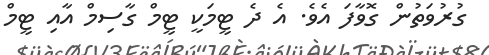
ގުރުވަތުން ގޮވާފަ އެވެ. އެ ދެ ޓީމަކީ ޓީމް ގާސިމް އާއި ޓީމް